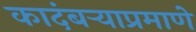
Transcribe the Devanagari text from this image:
कादंबऱ्याप्रमाणे